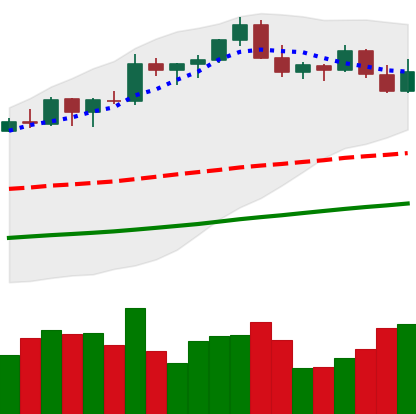
Ticker: BTC-USD
Chart end date: 2021-10-28
Forward return: 4.296%
Label: up_3_5